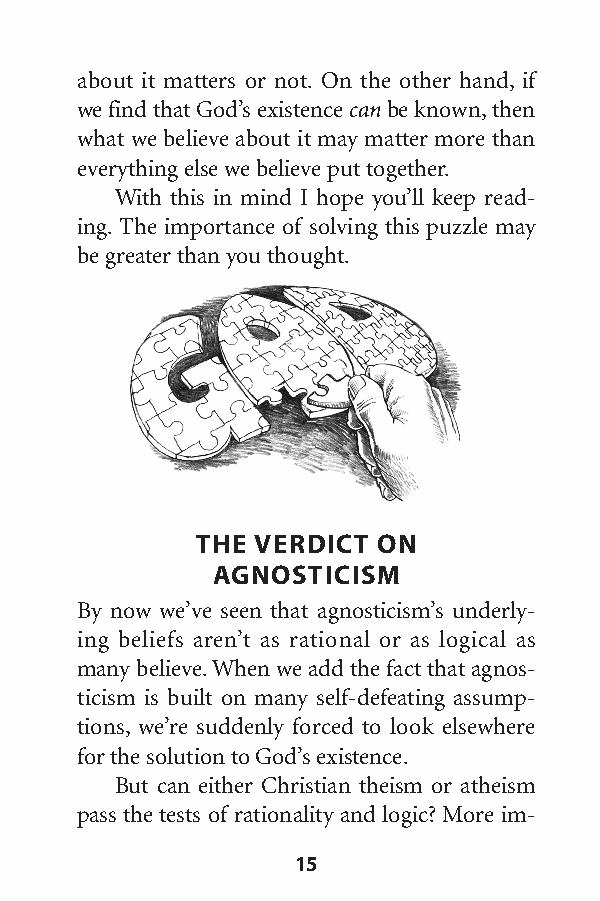
about it matters or not. On the other hand, if
 we find that God’s existence canbe known,then
 what we believe about it may matter more than
 everything else we believe put together.
 With this in mind I hope you’ll keep read-
 ing. The importance of solving this puzzle may
 be greater than you thought.
 THE VERDICT ON
 AGNOSTICISM
 By now we’ve seen that agnosticism’s underly-
 ing beliefs aren’t as rational or as logical as
 many believe.When we add the fact that agnos-
 ticism is built on many self-defeating assump-
 tions, we’re suddenly forced to look elsewhere
 for the solution to God’s existence.
 But can either Christian theism or atheism
 pass the tests of rationality and logic? More im-
 15